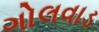
ગોલવાડ